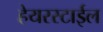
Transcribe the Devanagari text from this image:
हेयरस्टाईल